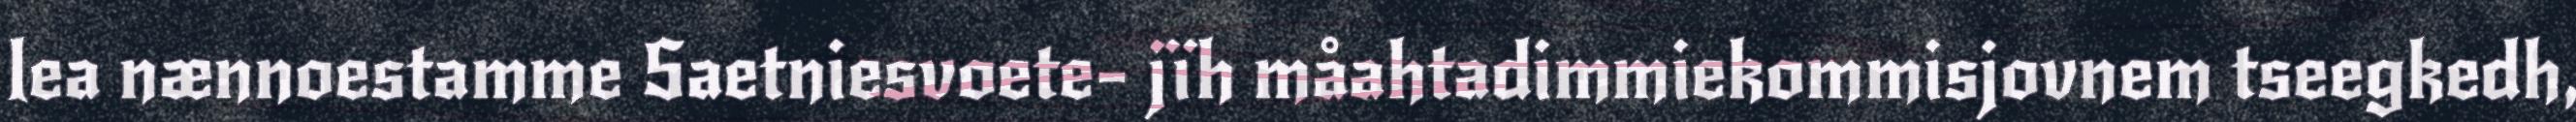
lea nænnoestamme Saetniesvoete- jïh måahtadimmiekommisjovnem tseegkedh,